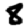
Digit: 8